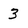
Character: 3